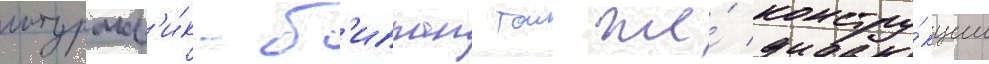
штурмов'и́к-б'иплан тои же́ констру́кции